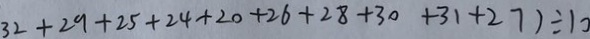
3 2 + 2 9 + 2 5 + 2 4 + 2 0 + 2 6 + 2 8 + 3 0 + 3 1 + 2 7 ) \div 1 0